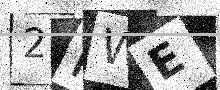
Text: 2FWE